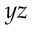
y z